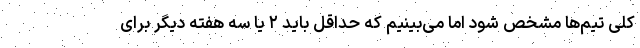
کلی تیم‌ها مشخص شود اما می‌بینیم که حداقل باید ۲ یا سه هفته دیگر برای